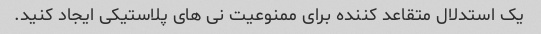
یک استدلال متقاعد کننده برای ممنوعیت نی های پلاستیکی ایجاد کنید.